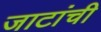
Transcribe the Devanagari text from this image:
जाटांची